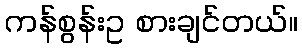
ကန်စွန်းဥ စားချင်တယ်။